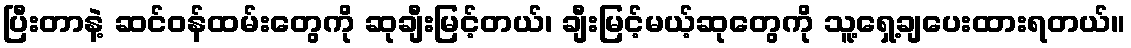
ပြီးတာနဲ့ ဆင်ဝန်ထမ်းတွေကို ဆုချီးမြင့်တယ်၊ ချီးမြင့်မယ့်ဆုတွေကို သူ့ရှေ့ချပေးထားရတယ်။